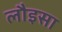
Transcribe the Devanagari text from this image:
लौइसा